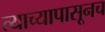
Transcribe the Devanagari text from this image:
त्याच्यापासूनच